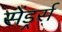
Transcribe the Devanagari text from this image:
सेंड्रर्स